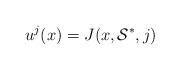
LaTeX: \begin{align*}u^j(x)=J(x,\mathcal{S}^*,j)\end{align*}